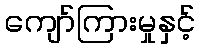
ကျော်ကြားမှုနှင့်